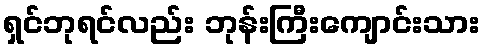
ရှင်ဘုရင်လည်း ဘုန်းကြီးကျောင်းသား